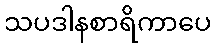
သပဒါနစာရိကာပေ